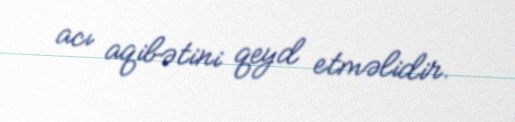
acı aqibətini qeyd etməlidir.